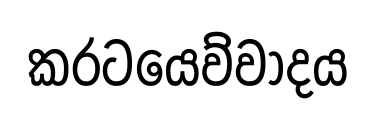
කරටයෙව්වාදය